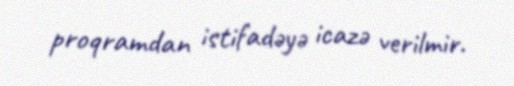
proqramdan istifadəyə icazə verilmir.